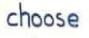
choose